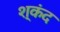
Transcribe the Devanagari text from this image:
श्कंद